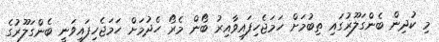
މި ކުދިން ބެންގަލޫރުގައި ތިބުމަށް ހަމަޖެހިފައިވާއިރު ބޯން މެރޯ ހެދުމަށް ހަމަޖެހިފައިވަނީ ބެންގަލޫރުގެ